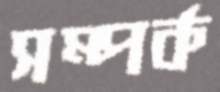
সম্পর্ক